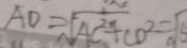
A D = \sqrt { A C ^ { 2 } + C D ^ { 2 } } = \sqrt { 5 }